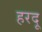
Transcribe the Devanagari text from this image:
हरदू